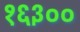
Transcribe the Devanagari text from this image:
१६३००